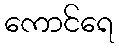
ကောင်ရေ